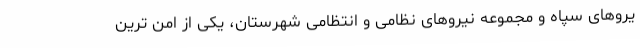
یروهای سپاه و مجموعه نیروهای نظامی و انتظامی شهرستان، یکی از امن ترین